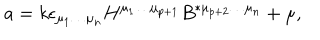
a = k \epsilon _ { \mu _ { 1 } \ldots \mu _ { n } } H ^ { \mu _ { 1 } \ldots \mu _ { p + 1 } } B ^ { * \mu _ { p + 2 } \ldots \mu _ { n } } + \mu ,